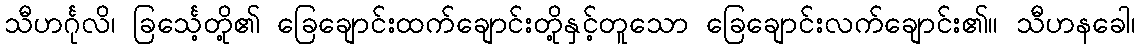
သီဟင်္ဂုလိ၊ ခြင်္သေ့တို့၏ ခြေချောင်းထက်ချောင်းတို့နှင့်တူသော ခြေချောင်းလက်ချောင်း၏။ သီဟနခေါ၊